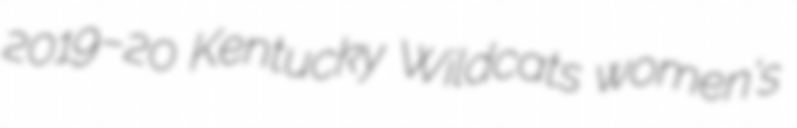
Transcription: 2019–20 Kentucky Wildcats women's